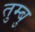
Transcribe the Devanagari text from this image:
तुम्बु